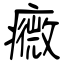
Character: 癓